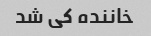
خاننده کی شد